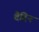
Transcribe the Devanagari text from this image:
दैदिन